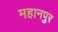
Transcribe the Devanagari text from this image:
महानपुर